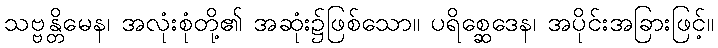
သဗ္ဗန္တိမေန၊ အလုံးစုံတို့၏ အဆုံး၌ဖြစ်သော။ ပရိစ္ဆေဒေန၊ အပိုင်းအခြားဖြင့်။